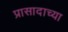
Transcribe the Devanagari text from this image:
प्रासादाच्या